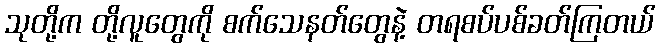
သုတို့က တို့လူတွေကို စက်သေနတ်တွေနဲ့ တရစပ်ပစ်ခတ်ကြတယ်